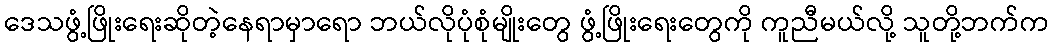
ဒေသဖွံ့ဖြိုးရေးဆိုတဲ့နေရာမှာရော ဘယ်လိုပုံစုံမျိုးတွေ ဖွံ့ဖြိုးရေးတွေကို ကူညီမယ်လို့ သူတို့ဘက်က